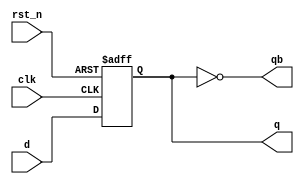
module dff_async_rst(clk, d, rst_n, q, qb);
    input  clk, d, rst_n;
    output q, qb;
    reg    q;

    assign qb = ~q;

    always @(posedge clk or negedge rst_n) begin
        if(!rst_n)
            q <= 1'b0;
        else
            q <= d;
    end


endmodule